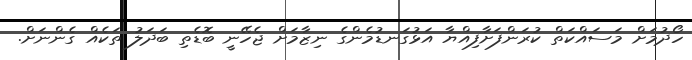
ހޯދުމަށް މަސައްކަތް ކުރަންފަށާފިއްޔާ އަޅުގަނޑުމެންގެ ނިޒާމަށް ޖެހޭނީ ބޮޑެތި ބަދަލު ތަކެއް ގެންނަށް.